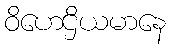
ဝိဟေဌိယမာနေ